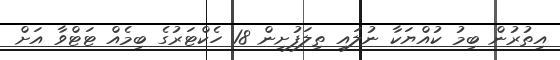
އިތުރުން ބިމު ކުއްޔަކާ ނުލައި ތިލަފުށިން 18 ހެކްޓަރުގެ ބިމެއް ޓަޓްވާ އަށް